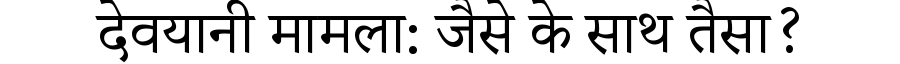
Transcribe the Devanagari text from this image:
देवयानी मामला: जैसे के साथ तैसा?